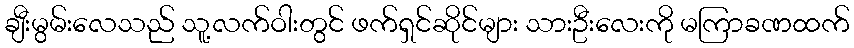
ချီးမွမ်းလေသည် သူ့လက်ဝါးတွင် ဖက်ရှင်ဆိုင်များ သားဦးလေးကို မကြာခဏထက်